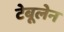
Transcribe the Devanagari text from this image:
टेबूलेन